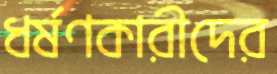
ধর্ষণকারীদের